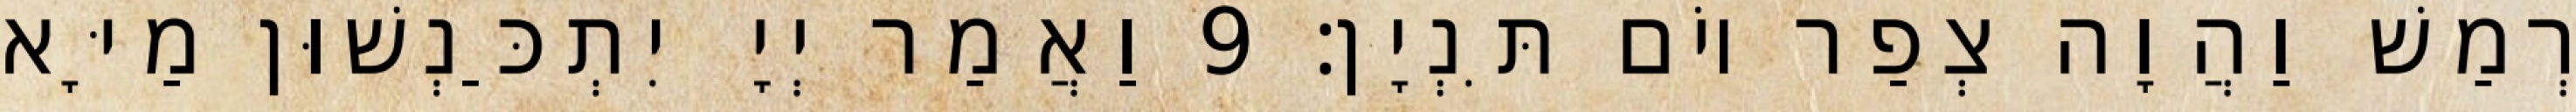
רְמַשׁ וַהֲוָה צְפַר יוֹם תִּנְיָן׃ 9 וַאֲמַר יְיָ יִתְכַּנְשׁוּן מַיָּא